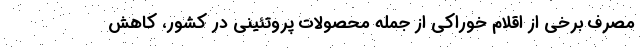
مصرف برخی از اقلام خوراکی از جمله محصولات پروتئینی در کشور، کاهش